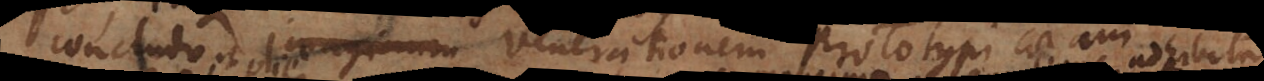
concludo imaginem venerationem Prototypi coram imagine